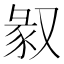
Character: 𠭣